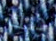
ذلك